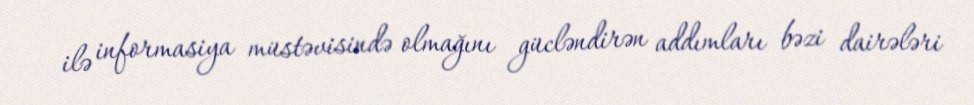
ilə informasiya müstəvisində olmağını gücləndirən addımları bəzi dairələri